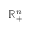
\mathbb { R } _ { + } ^ { n }